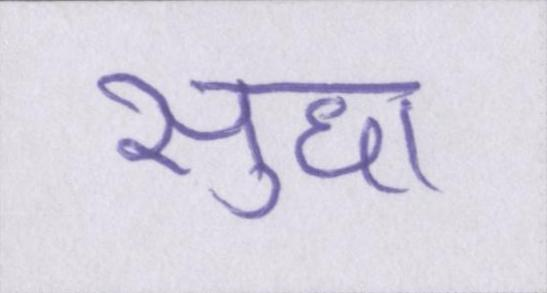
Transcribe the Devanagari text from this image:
सुधा